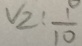
V _ { 2 } : \frac { 1 } { 1 0 }